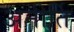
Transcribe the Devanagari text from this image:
अनीर्ति